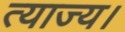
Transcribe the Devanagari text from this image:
त्याज्य।